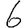
Digit: 6